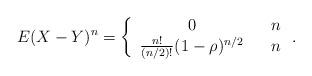
LaTeX: \begin{align*}E(X-Y)^{n}=\left\{ \begin{array}{ccc}0 & & n \\ \frac{n!}{(n/2)!}(1-\rho )^{n/2} & & n\end{array}\right. . \end{align*}